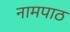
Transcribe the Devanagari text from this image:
नामपाठ